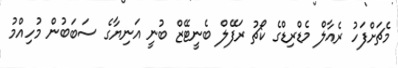
މެޗަށްފަހު ރެއާލް މެޑްރިޑްގެ ކޯޗު ރަފޭލް ބެނީޓޭޒް ބުނީ އަނިޔާގެ ސަބަބުން މުހިއްމު